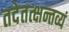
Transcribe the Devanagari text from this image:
तदेतत्क्षन्तव्यं